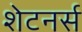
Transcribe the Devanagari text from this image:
शेटनर्स